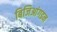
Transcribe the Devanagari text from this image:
बिजिआंगइन